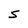
Character: S